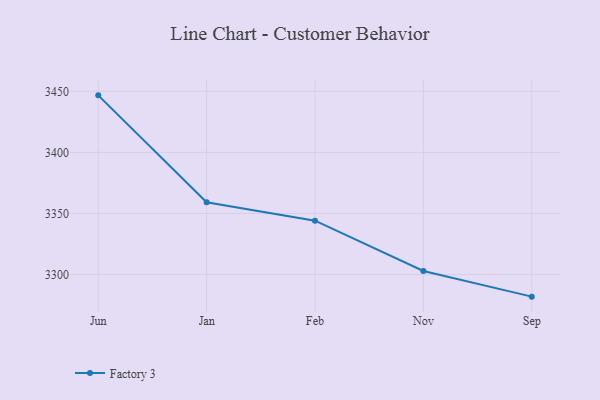
{"axis": {"x": "Month", "y": "Headcount"}, "legend": ["Factory 3"], "data": [{"x": "Jun", "y": 3446.7, "type": "Factory 3"}, {"x": "Jan", "y": 3359.2, "type": "Factory 3"}, {"x": "Feb", "y": 3344.1, "type": "Factory 3"}, {"x": "Nov", "y": 3302.9, "type": "Factory 3"}, {"x": "Sep", "y": 3281.9, "type": "Factory 3"}]}